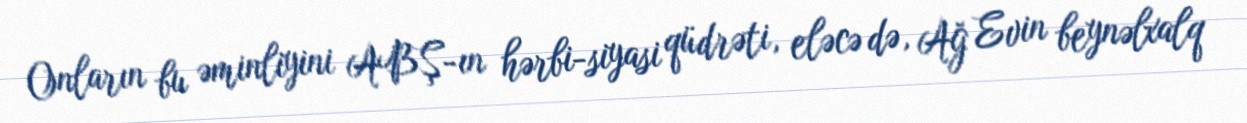
Onların bu əminliyini ABŞ-ın hərbi-siyasi qüdrəti, eləcə də, Ağ Evin beynəlxalq